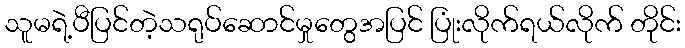
သူမရဲ့ပီပြင်တဲ့သရုပ်ဆောင်မှုတွေအပြင် ပြုံးလိုက်ရယ်လိုက် တိုင်း